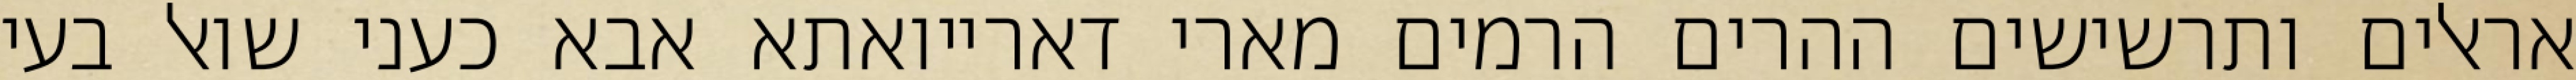
אראלים ותרשישים ההרים הרמים מארי דארייואתא אבא כעני שואל בעי